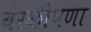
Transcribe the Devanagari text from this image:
बेरकीपणा